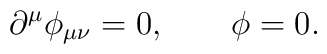
\partial^\mu \phi_{\mu\nu} = 0,  \qquad  \phi = 0.